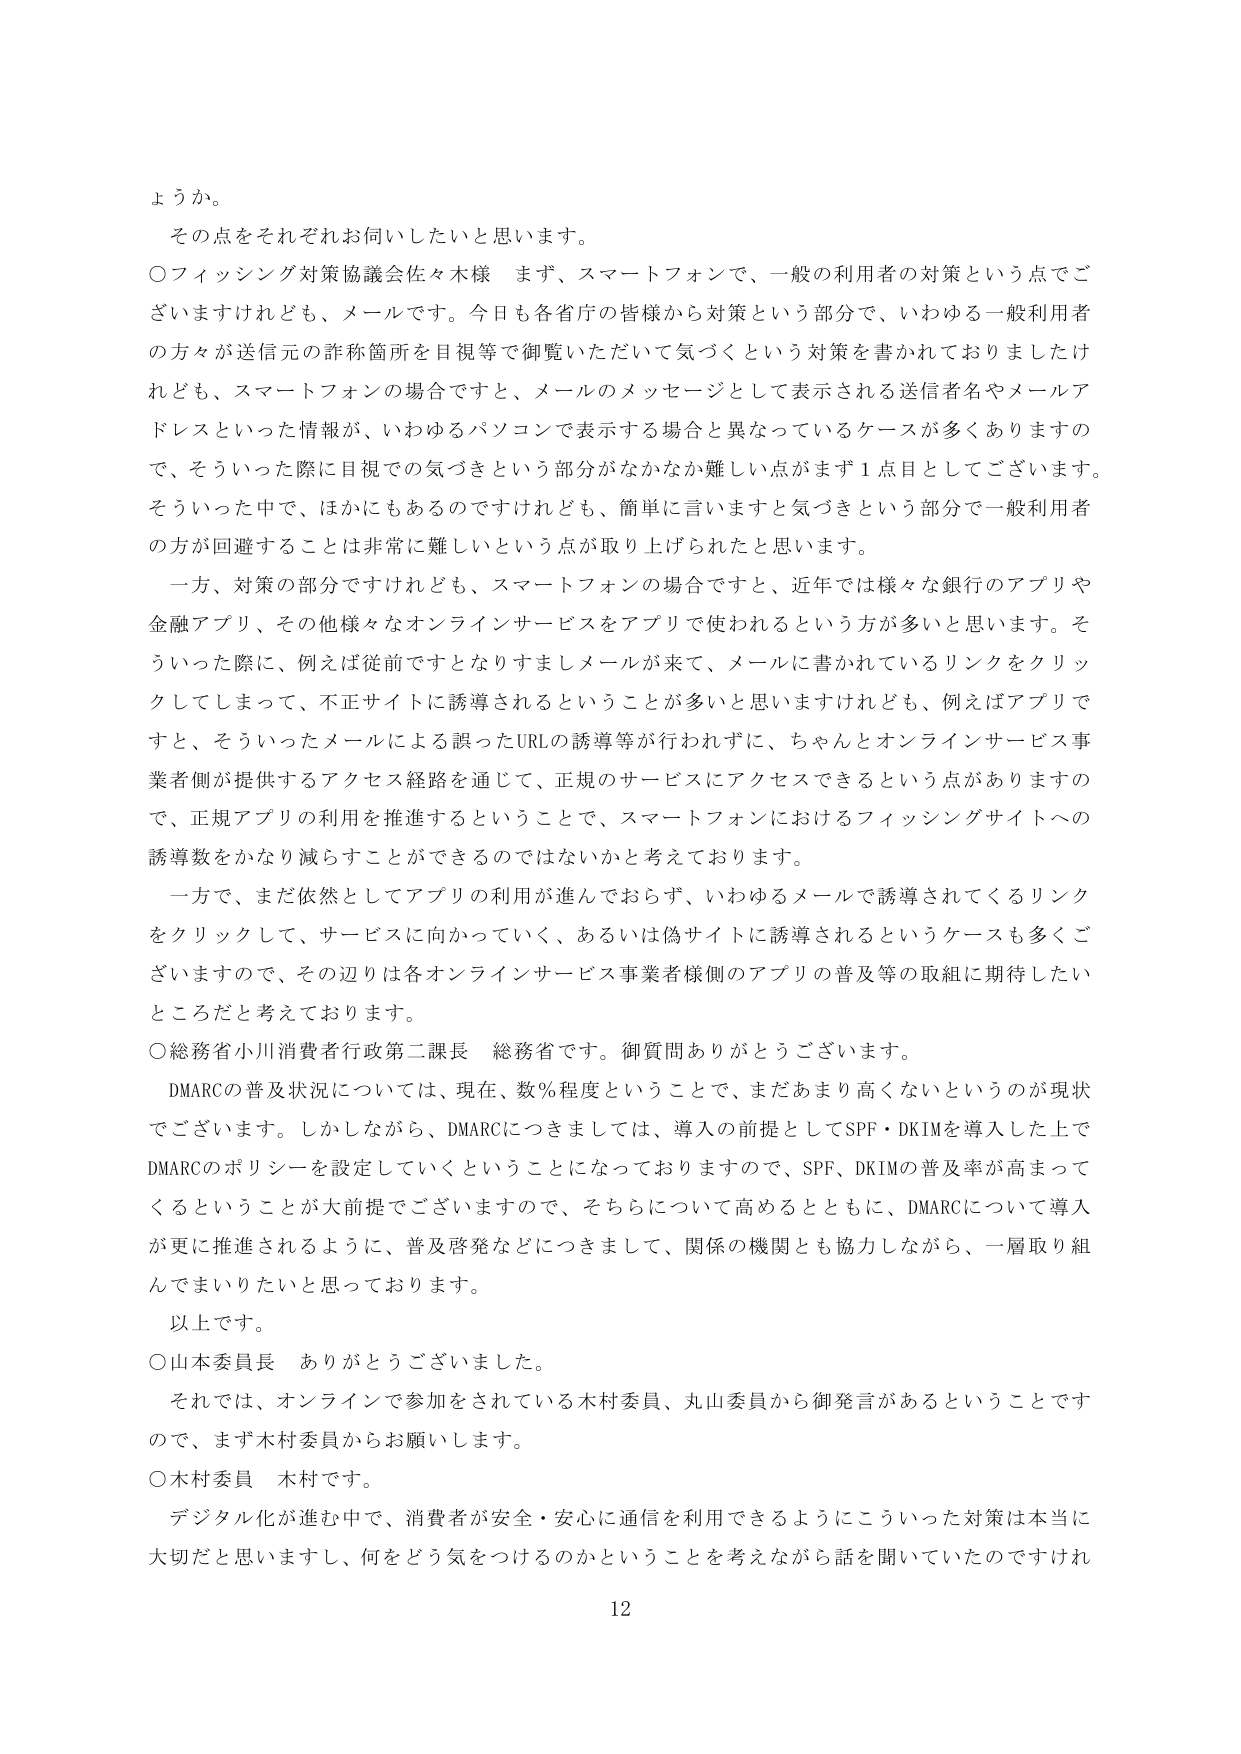
ようか。

その点をそれぞれお伺いしたいと思います。

○フィッシング対策協議会佐々木様 まず、スマートフォンで、一般の利用者の対策という点でございますけれども、メールです。今日も各省庁の皆様から対策という部分で、いわゆる一般利用者の方々が送信元の詐称箇所を目視等で御覧いただいて気づくという対策を書かれておりましたけれども、スマートフォンの場合ですと、メールのメッセージとして表示される送信者名やメールアドレスといった情報が、いわゆるパソコンで表示する場合と異なっているケースが多くありますので、そういった際に目視での気づきという部分がなかなか難しい点がまず１点目としてございます。そういった中で、ほかにもあるのですけれども、簡単に言いますと気づきという部分で一般利用者の方が回避することは非常に難しいという点が取り上げられたと思います。

一方、対策の部分ですけれども、スマートフォンの場合ですと、近年では様々な銀行のアプリや金融アプリ、その他様々なオンラインサービスをアプリで使われるという方が多いと思います。そういった際に、例えば従前ですとなりすましメールが来て、メールに書かれているリンクをクリックしてしまって、不正サイトに誘導されるということが多いと思いますけれども、例えばアプリですと、そういったメールによる誤ったURLの誘導等が行われずに、ちゃんとオンラインサービス事業者側が提供するアクセス経路を通じて、正規のサービスにアクセスできるという点がありますので、正規アプリの利用を推進するということで、スマートフォンにおけるフィッシングサイトへの誘導数をかなり減らすことができるのではないかと考えております。

一方で、まだ依然としてアプリの利用が進んでおらず、いわゆるメールで誘導されてくるリンクをクリックして、サービスに向かっていく、あるいは偽サイトに誘導されるというケースも多くございますので、その辺りは各オンラインサービス事業者様側のアプリの普及等の取組に期待したいところだと考えております。

○総務省小川消費者行政第二課長 総務省です。御質問ありがとうございます。

DMARCの普及状況については、現在、数％程度ということで、まだあまり高くないというのが現状でございます。しかしながら、DMARCにつきましては、導入の前提としてSPF・DKIMを導入した上でDMARCのポリシーを設定していくということになっておりますので、SPF、DKIMの普及率が高まってくるということが大前提でございますので、それらについて高めるとともに、DMARCについて導入が更に推進されるように、普及啓発などにつきまして、関係の機関とも協力しながら、一層取り組んでまいりたいと思っております。

以上です。

○山本委員長 ありがとうございました。

それでは、オンラインで参加をされている木村委員、丸山委員から御発言があるということで、まず木村委員からお願いします。

○木村委員 木村です。

デジタル化が進む中で、消費者が安全・安心に通信を利用できるようにこういった対策は本当に大切だと思いますし、何をどう気をつけるのかということを考えながら話を聞いていたのですけれ

12